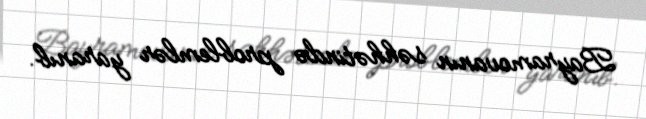
Bayramovanın səhhətində problemlər yaranıb.